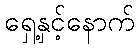
ရှေ့နှင့်နောက်